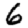
Digit: 6